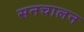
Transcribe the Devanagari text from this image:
सनचालन